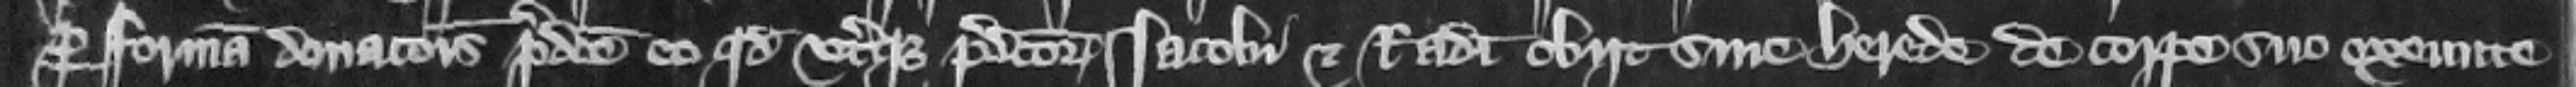
per formam donacionis predicte eo quod vterque predictorum Iacobi et Radulphi obit sine herede de corpore suo exeunte